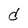
Character: d